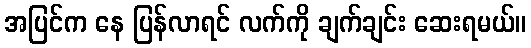
အပြင်က နေ ပြန်လာရင် လက်ကို ချက်ချင်း ဆေးရမယ်။